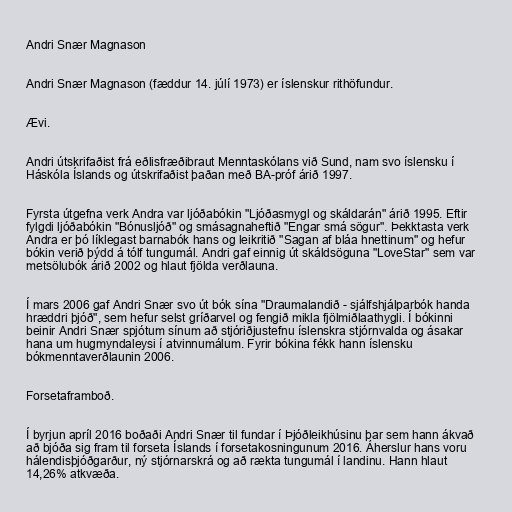
Andri Snær Magnason

Andri Snær Magnason (fæddur 14. júlí 1973) er íslenskur rithöfundur.

Ævi.

Andri útskrifaðist frá eðlisfræðibraut Menntaskólans við Sund, nam svo íslensku í
Háskóla Íslands og útskrifaðist þaðan með BA-próf árið 1997.

Fyrsta útgefna verk Andra var ljóðabókin "Ljóðasmygl og skáldarán" árið 1995. Eftir
fylgdi ljóðabókin "Bónusljóð" og smásagnaheftið "Engar smá sögur". Þekktasta verk
Andra er þó líklegast barnabók hans og leikritið "Sagan af bláa hnettinum" og hefur
bókin verið þýdd á tólf tungumál. Andri gaf einnig út skáldsöguna "LoveStar" sem var
metsölubók árið 2002 og hlaut fjölda verðlauna.

Í mars 2006 gaf Andri Snær svo út bók sína "Draumalandið - sjálfshjálparbók handa
hræddri þjóð", sem hefur selst gríðarvel og fengið mikla fjölmiðlaathygli. Í bókinni
beinir Andri Snær spjótum sínum að stjóriðjustefnu íslenskra stjórnvalda og ásakar
hana um hugmyndaleysi í atvinnumálum. Fyrir bókina fékk hann íslensku
bókmenntaverðlaunin 2006.

Forsetaframboð.

Í byrjun apríl 2016 boðaði Andri Snær til fundar í Þjóðleikhúsinu þar sem hann ákvað
að bjóða sig fram til forseta Íslands í forsetakosningunum 2016. Áherslur hans voru
hálendisþjóðgarður, ný stjórnarskrá og að rækta tungumál í landinu. Hann hlaut
14,26% atkvæða.